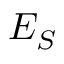
E _ { S }